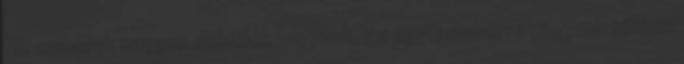
Mi, emberek nagyon sokfélék vagyunk. Az egyik emberre nagymértékben